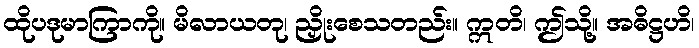
ထိုပဒုမာကြာကို။ မိလာယတု၊ ညှိုးစေသတည်း။ ဣတိ၊ ဤသို့။ အဓိဋ္ဌဟိ၊